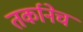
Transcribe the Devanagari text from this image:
तर्कानेच